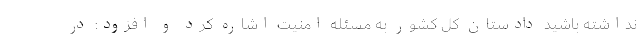
نداشته باشید دادستان کل کشور به مسئله امنیت اشاره کرد و افزود: در